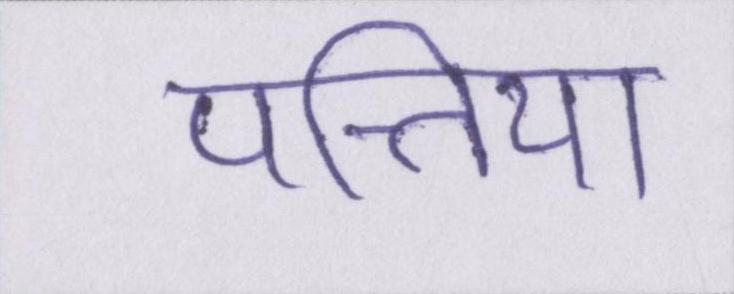
पत्तिया